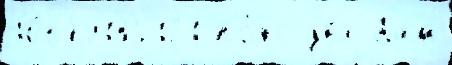
10649185121 по́яс два Бам